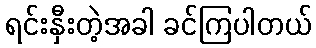
ရင်းနှီးတဲ့အခါ ခင်ကြပါတယ်